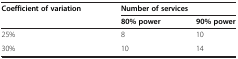
<table><thead><tr><td><b>Coefficient of variation</b></td><td colspan="2"><b>Number of services</b></td></tr><tr><td><b> </b></td><td><b>80% power</b></td><td><b>90% power</b></td></tr></thead><tbody><tr><td>25%</td><td>8</td><td>10</td></tr><tr><td>30%</td><td>10</td><td>14</td></tr></tbody></table>